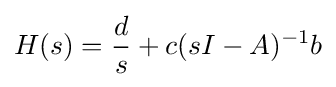
H(s)={\frac {d}{s}}+c(sI-A)^{-1}b